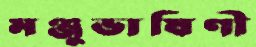
মঞ্জুভাষিণী